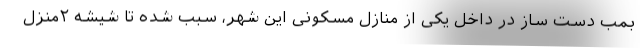
بمب دست ساز در داخل یکی از منازل مسکونی این شهر، سبب شده تا شیشه ۲منزل